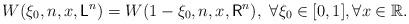
LaTeX: \begin{align*}W(\xi_0,n,x,\mathsf{L}^n)=W(1-\xi_0,n,x,\mathsf{R}^n), ~\forall \xi_0\in [0,1], \forall x\in\mathbb{R}.\end{align*}